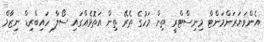
އެންވަޔަރަންމަންޓް މިނިސްޓްރީ ތިން މަހުގެ ތެރޭ ތިން އަތޮޅެއްގައި ސޯލާ ހައިބްރިޑް ނިޒާމް